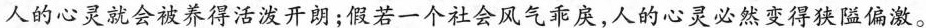
人的心灵就会被养得活泼开朗；假若一个社会风气戾，人的心灵必然变得狭隘偏激。